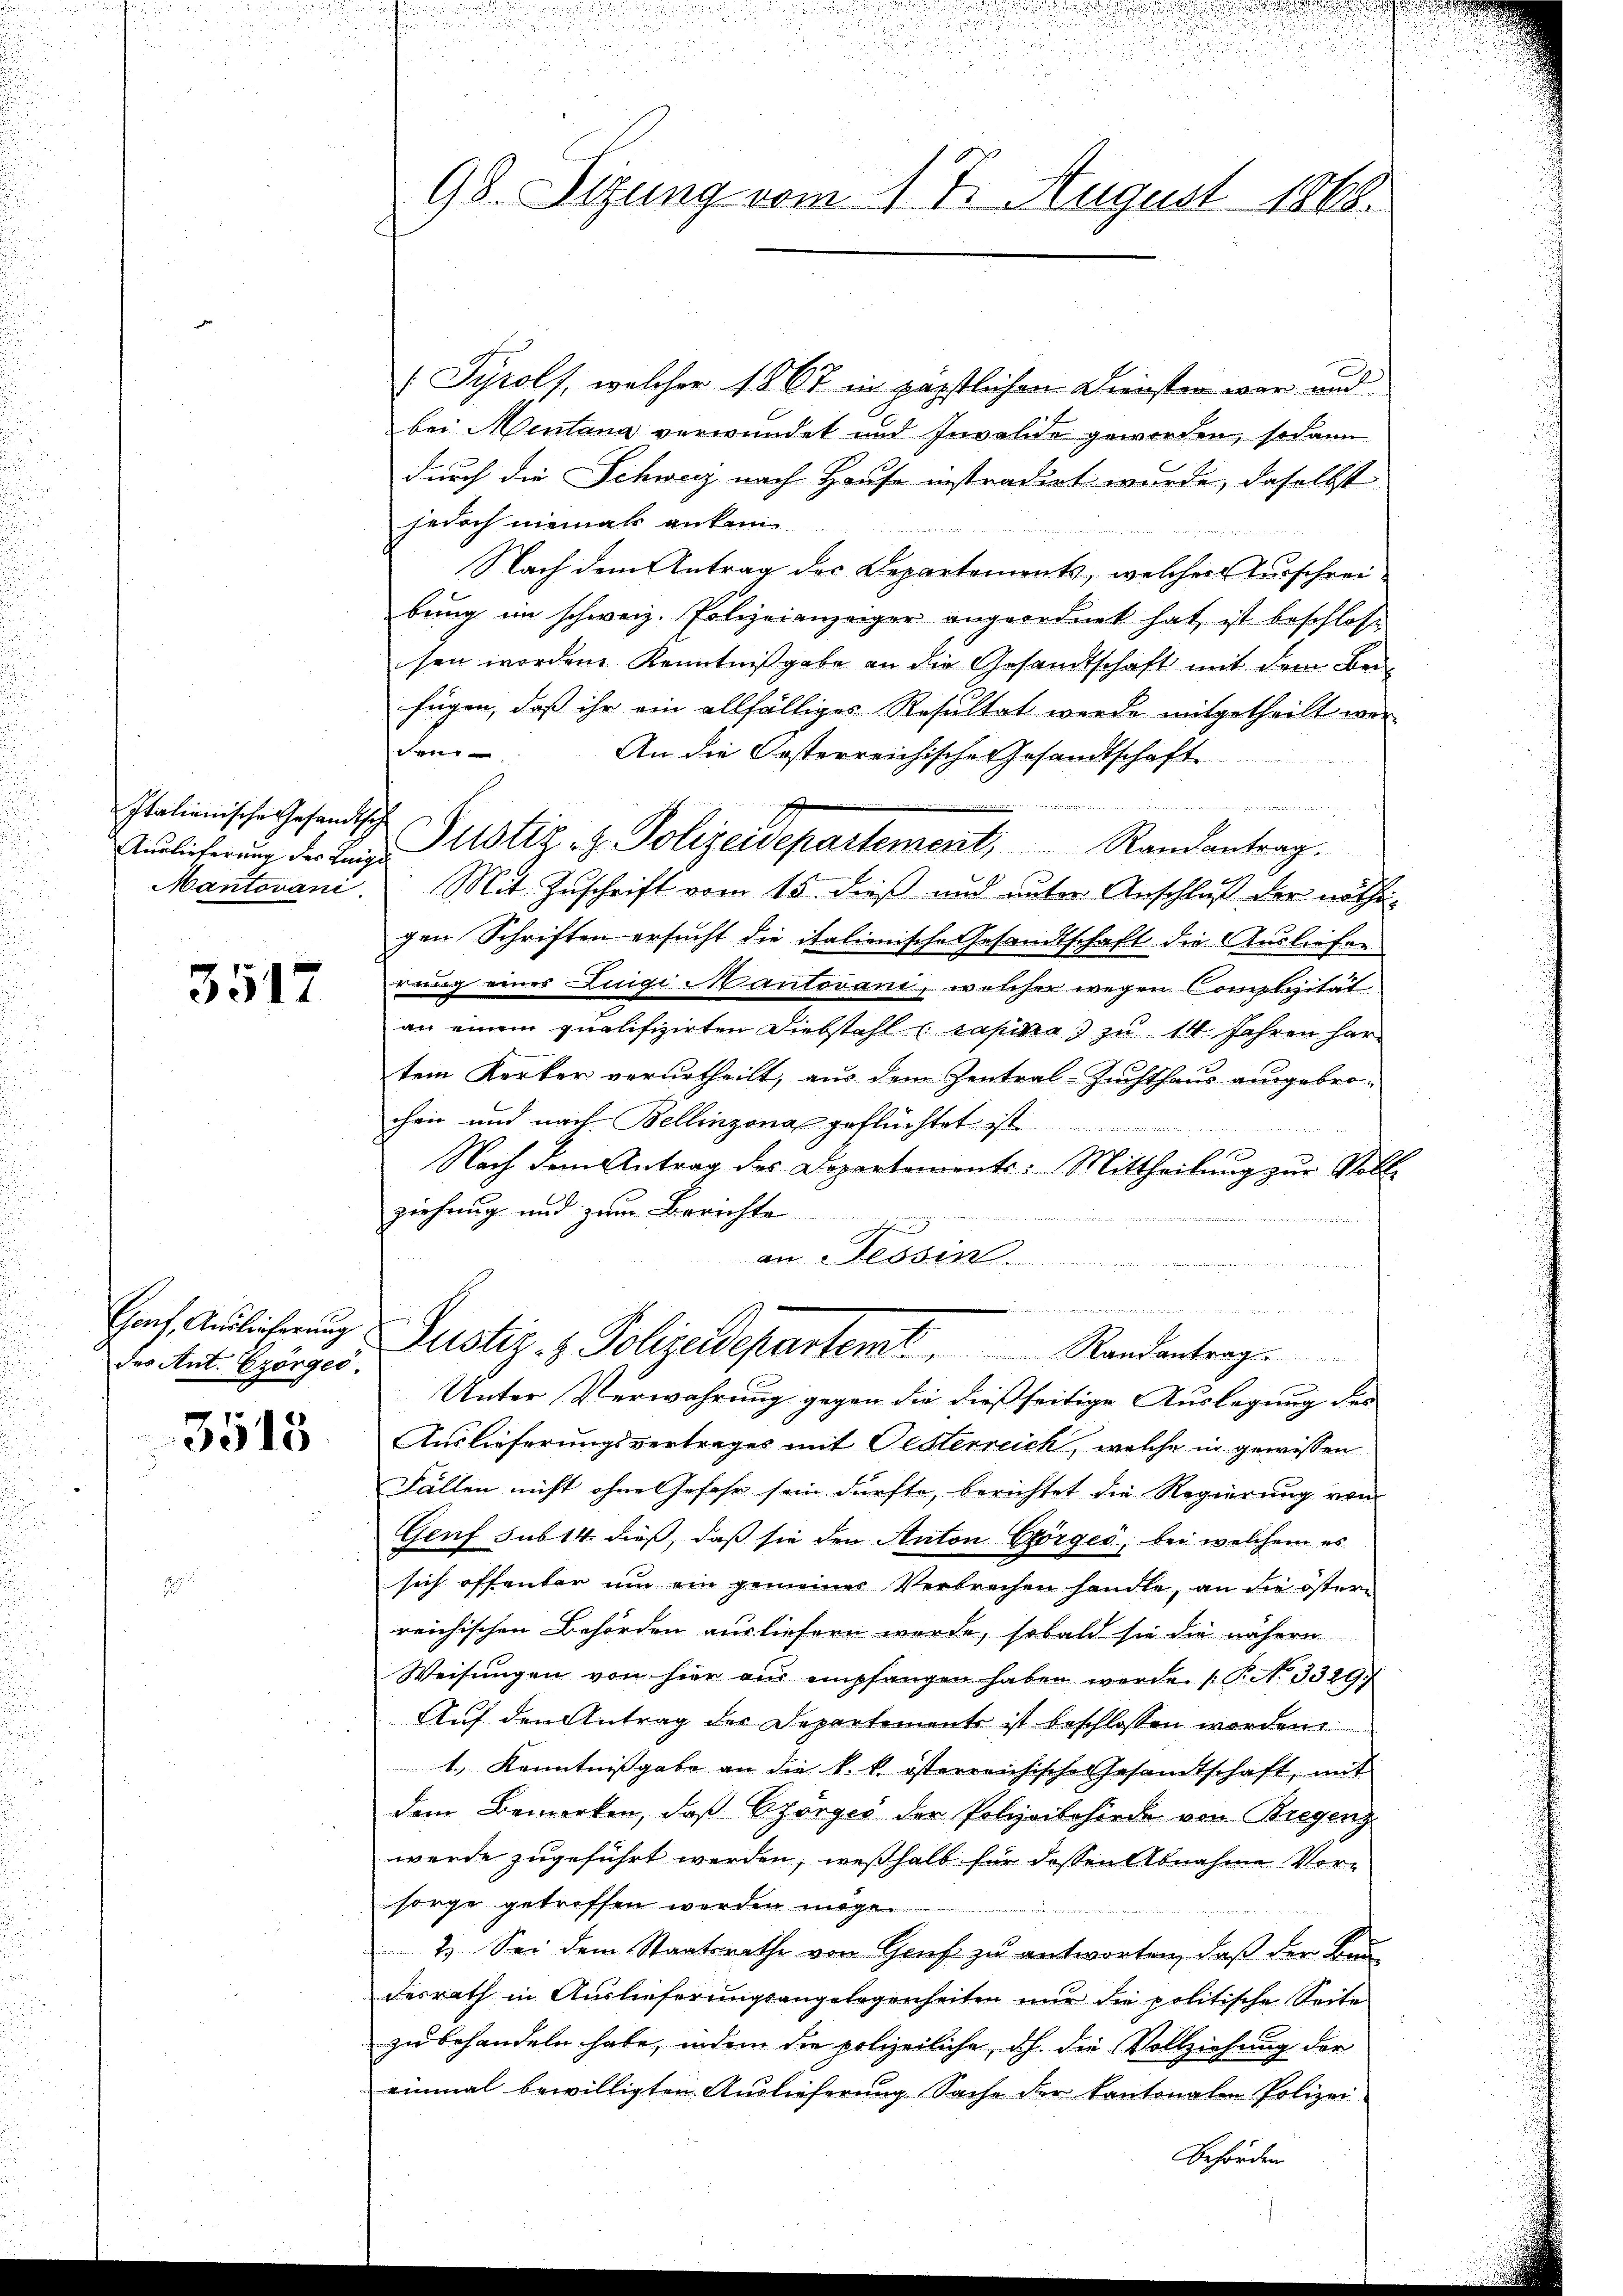
Italienische Gesandtsche

3517

des Ant. Ezörges.

3513

98. Sizung vom 17. August 1868.

Sÿrols, welcher 1867 in päpstlichen Diensten war und
bei Mentana verwundet und Invalide geworden, sodann
durch die Schweiz nach Hause instradirt wurde, daselbst
jedoch niemals an

Nach dem Antrag des Departements, welcher Ausschreibung im schweiz. Polizeianzeiger angeordnet hat, ist beschloss
sen wordene Kenntnißgabe an die Gesandtschaft mit dem Beifügen, daß ihr ein allfälliges Resultat werde mitgetheilt wer
den
An die Kosterreichische Gesandtschaft

Auslicherung der Lage Notiz z. Polizeidepartement, Randantrag.
Mantovani. Mit Zuschrift vom 15. dieß und unter Anschluß der nöthigen Schriften ersucht die italienische Gesandtschaft die Ausliefen
rung eines Luigi Mantovani, welcher wegen Complizität
an einem qualifizirten Diebstahl u capite) zu 14 Jahren hertem Kerker verurtheilt, aus dem Zentral-Zuchthaus ausgebrochen und nach Bellinzona geflüchtet ist
Nach dem Antrag des Departements: Mittheilung zur Voll-
ziehung und zum Berichte
e
an Tessin.

w
 treten eine
Hanf, Auslicherung Justiz- & Polizeidepartemt, Randantrag.
Unter Verwahrung gegen die dießseitige Auslegung des

Auslieferungsvertrages mit Oesterreich, welche in gewissen
Fällen nicht ohne Gefahr sein dürfte, berichtet die Regierung von
Genf sub 14. dieß, daß sie den Anton Görges, bei welchem es
sich offenbar um ein gemeines Verbrechen handle, an die österreichischen Behörden ausliefern werde, sobald sie die nähern
Weisŭngen von hier aus empfangen haben werde (T. N. 3329.
Auf den Antrag des Departements ist beschlossen worden.
1. Kenntnißgabe an die k. k. österreichische Gesamtschaft, mit
dem Bemerken, daß Czörges der Polizeibehörde von Riegenz
werde zugeführt werden; weßhalb für dessen Abnahme Vor-
sorge getroffen werden möge.
2.) Sei dem Staatsrathe von Genf zu antworten, daß der Baudesrath in Auslieferungsangelegenheiten nur die politische Seite
zu behandeln habe, indem die polizeiliche, dh. die Vollziehung der
einmal bewilligten Auslieferung Sache der kantonalen Polizei
Behörden